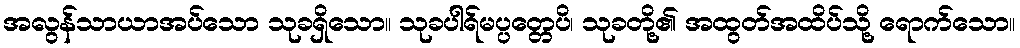
အလွန်သာယာအပ်သော သုခရှိသော။ သုခပါရ်မပ္ပတ္တေပိ၊ သုခတို့၏ အထွတ်အထိပ်သို့ ရောက်သော။